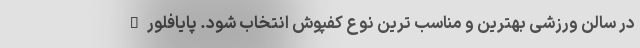
در سالن ورزشی بهترین و مناسب ترین نوع کفپوش انتخاب شود. پایافلور –